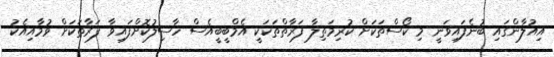
އިއުލާންގައި ބުނެފައިވަނީ މި ކޯސްތަކަށް ކުރިމަތިލާ ފަރާތްތަކަކީ އެމްބީބީއެސް ހާސިލުކޮށްފައިވާ ފަރާތަކަށް ވުމާއިއެކު